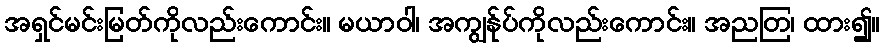
အရှင်မင်းမြတ်ကိုလည်းကောင်း။ မယာဝါ၊ အကျွန်ုပ်ကိုလည်းကောင်း။ အညတြ၊ ထား၍။